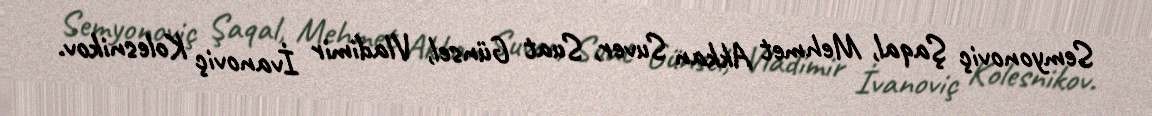
Semyonoviç Şaqal, Mehmet Akkan Suver, Suat Günsel, Vladimir İvanoviç Kolesnikov.